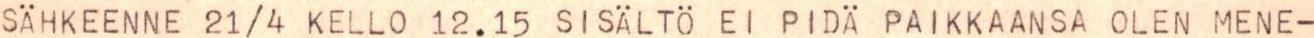
SÄHKEENNE 21/4 KELL0 12.15 SISÄLTÖ EI PIDÄ PAIKKAANSA OLEN MENE-